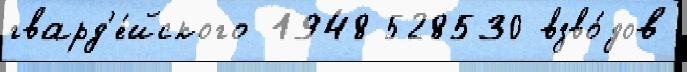
гвард'е́йского 1948 528530 взво́дов